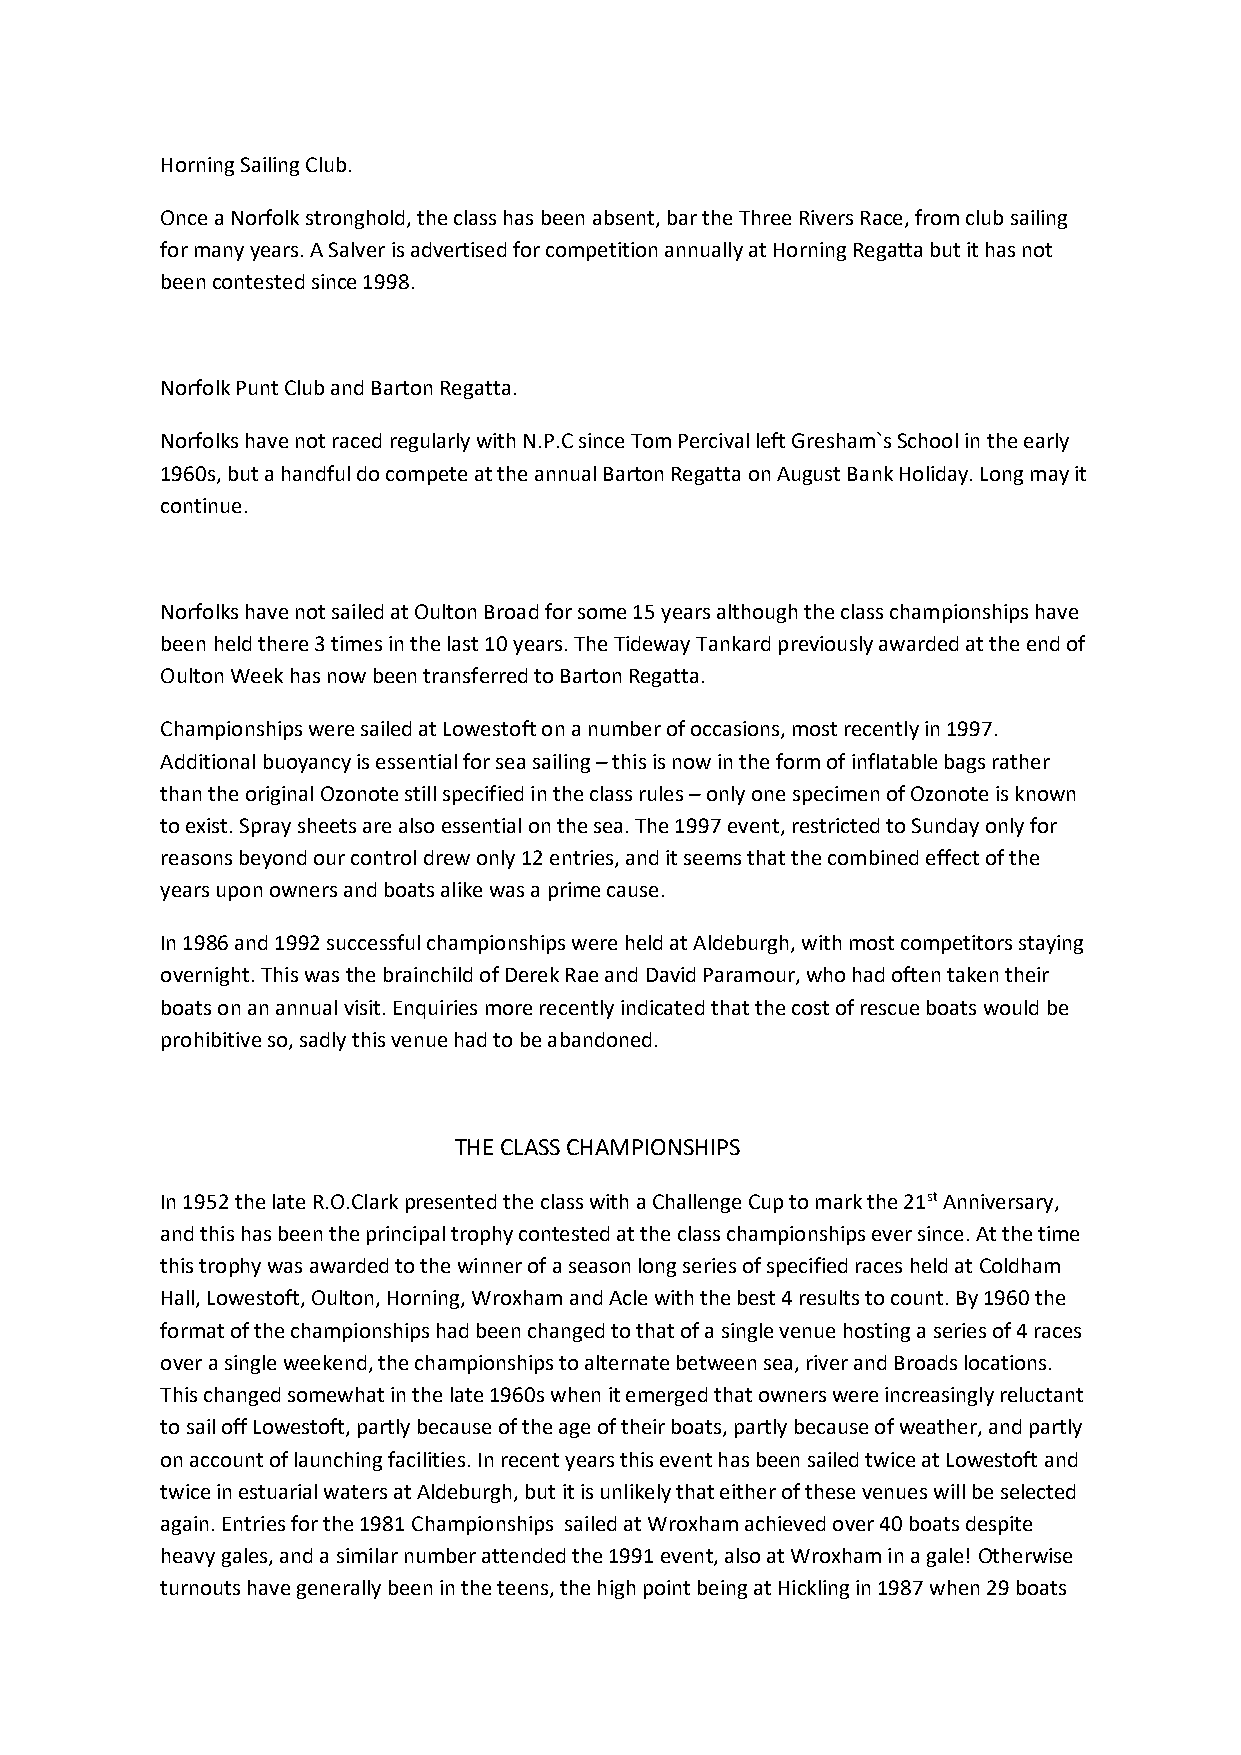
Horning Sailing Club.
 Once a Norfolk stronghold, the class has been absent, bar the Three Rivers Race, from club sailing
 for many years. A Salver is advertised for competition annually at Horning Regatta but it has not
 been contested since 1998.
 Norfolk Punt Club and Barton Regatta.
 Norfolks have not raced regularly with N.P.C since Tom Percival left Gresham`s School in the early
 1960s, but a handful do compete at the annual Barton Regatta on August Bank Holiday. Long may it
 continue.
 Norfolks have not sailed at Oulton Broad for some 15 years although the class championships have
 been held there 3 times in the last 10 years. The Tideway Tankard previously awarded at the end of
 Oulton Week has now been transferred to Barton Regatta.
 Championships were sailed at Lowestoft on a number of occasions, most recently in 1997.
 Additional buoyancy is essential for sea sailing – this is now in the form of inflatable bags rather
 than the original Ozonote still specified in the class rules – only one specimen of Ozonote is known
 to exist. Spray sheets are also essential on the sea. The 1997 event, restricted to Sunday only for
 reasons beyond our control drew only 12 entries, and it seems that the combined effect of the
 years upon owners and boats alike was a prime cause.
 In 1986 and 1992 successful championships were held at Aldeburgh, with most competitors staying
 overnight. This was the brainchild of Derek Rae and David Paramour, who had often taken their
 boats on an annual visit. Enquiries more recently indicated that the cost of rescue boats would be
 prohibitive so, sadly this venue had to be abandoned.
 THE CLASS CHAMPIONSHIPS
 In 1952 the late R.O.Clark presented the class with a Challenge Cup to mark the 21st Anniversary,
 and this has been the principal trophy contested at the class championships ever since. At the time
 this trophy was awarded to the winner of a season long series of specified races held at Coldham
 Hall, Lowestoft, Oulton, Horning, Wroxham and Acle with the best 4 results to count. By 1960 the
 format of the championships had been changed to that of a single venue hosting a series of 4 races
 over a single weekend, the championships to alternate between sea, river and Broads locations.
 This changed somewhat in the late 1960s when it emerged that owners were increasingly reluctant
 to sail off Lowestoft, partly because of the age of their boats, partly because of weather, and partly
 on account of launching facilities. In recent years this event has been sailed twice at Lowestoft and
 twice in estuarial waters at Aldeburgh, but it is unlikely that either of these venues will be selected
 again. Entries for the 1981 Championships sailed at Wroxham achieved over 40 boats despite
 heavy gales, and a similar number attended the 1991 event, also at Wroxham in a gale! Otherwise
 turnouts have generally been in the teens, the high point being at Hickling in 1987 when 29 boats